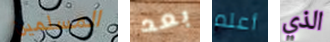
المسلمين بعد أعلم الذي